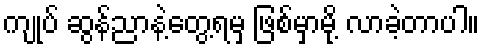
ကျုပ် ဆွန်ညာနဲ့တွေ့ရမှ ဖြစ်မှာမို့ လာခဲ့တာပါ။